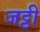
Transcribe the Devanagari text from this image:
जट्टी